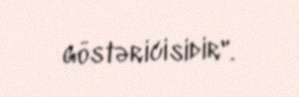
göstəricisidir".